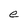
Character: e